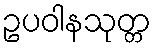
ဥပဝါနသုတ္တ